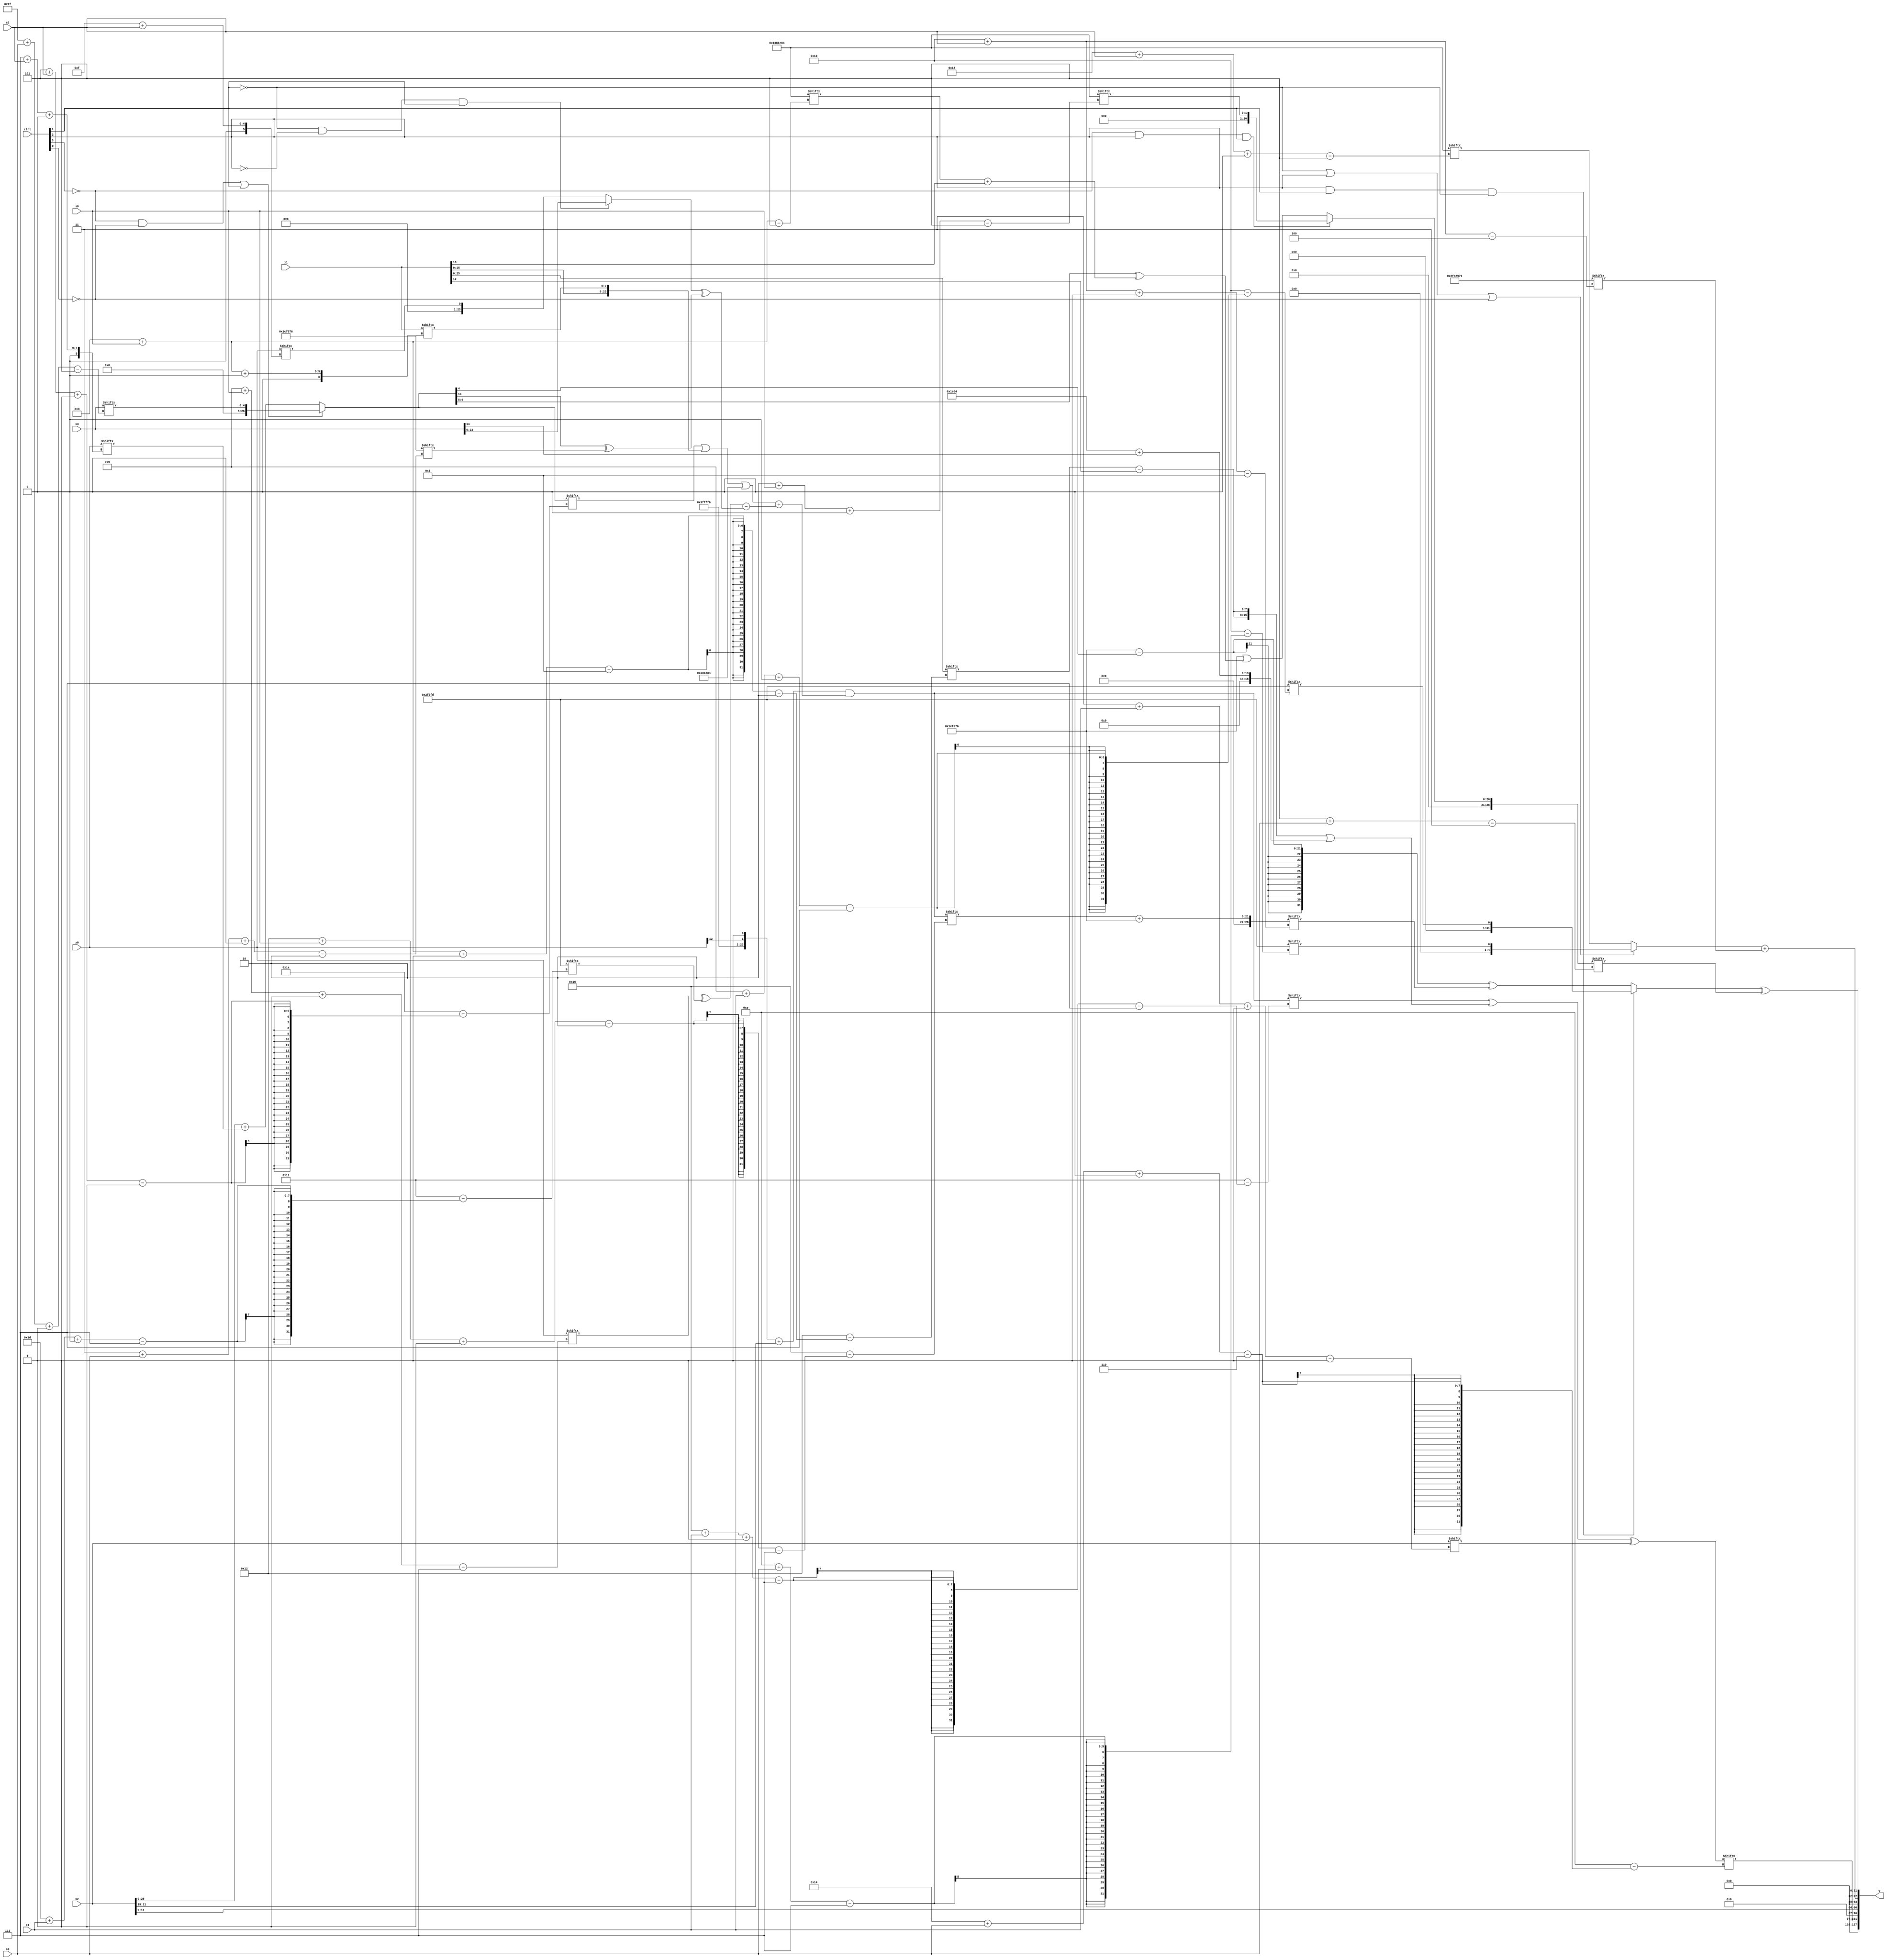
module partsel_00504(ctrl, s0, s1, s2, s3, x0, x1, x2, x3, y);
  input [3:0] ctrl;
  input [2:0] s0;
  input [2:0] s1;
  input [2:0] s2;
  input [2:0] s3;
  input signed [31:0] x0;
  input signed [31:0] x1;
  input [31:0] x2;
  input signed [31:0] x3;
  wire [0:26] x4;
  wire [4:28] x5;
  wire [2:27] x6;
  wire [7:30] x7;
  wire [2:30] x8;
  wire signed [28:6] x9;
  wire [24:3] x10;
  wire [29:3] x11;
  wire [5:27] x12;
  wire [28:0] x13;
  wire signed [6:24] x14;
  wire [27:0] x15;
  output [127:0] y;
  wire [31:0] y0;
  wire signed [31:0] y1;
  wire signed [31:0] y2;
  wire [31:0] y3;
  assign y = {y0,y1,y2,y3};
  localparam signed [7:26] p0 = 63109629;
  localparam signed [29:5] p1 = 523771524;
  localparam signed [24:2] p2 = 446492790;
  localparam signed [29:4] p3 = 721324401;
  assign x4 = (!ctrl[3] && !ctrl[0] || ctrl[1] ? x3[31 + s3 -: 5] : (x2 + x0[7 + s2 +: 8]));
  assign x5 = x2[21 -: 3];
  assign x6 = x1;
  assign x7 = ({{((((x0[11] + x1[6 + s1 +: 2]) & p2[18]) ^ p2[22]) | p2[21]), (p2[3 + s1 -: 8] | (p2[28 + s1 +: 4] | p3))}, ({{2{(p1 - (p1[11 +: 4] | p1))}}, {x0[12], p1[15 +: 1]}} + x5)} & (((x4[5 + s2 -: 1] | {x6, x1[13 + s0 +: 8]}) | {2{{(x0[9 +: 1] - (x2 & x1[12 + s2])), p1}}}) + ((x0[9 + s0 -: 7] ^ p0[29 + s1 +: 3]) - ((!ctrl[1] && !ctrl[2] && ctrl[1] ? x3 : x0[15 + s2]) ^ (x4[12] ^ p2[3 + s3 +: 8])))));
  assign x8 = x1[19 + s0];
  assign x9 = p0[17 + s0 +: 8];
  assign x10 = (p1[12] | x2);
  assign x11 = (!ctrl[3] && ctrl[2] && ctrl[1] ? p1[2 + s0 +: 2] : (p2 | (x4[21 -: 2] ^ (p1[13 + s0] + x6[9]))));
  assign x12 = x9[8];
  assign x13 = (x7[18 + s0 -: 2] + p2);
  assign x14 = ((x7[22 + s1 -: 7] ^ ({2{(x6[13 + s0 -: 8] - x6[15 +: 1])}} | (p1 + x3[14 +: 1]))) ^ x2[3 + s1 -: 1]);
  assign x15 = (p2[12 -: 4] + p2[1 + s3 +: 8]);
  assign y0 = {x14[20 + s3 +: 5], p3[17 -: 1]};
  assign y1 = x2[9 +: 3];
  assign y2 = ((!ctrl[1] || ctrl[2] || !ctrl[0] ? p0[14 + s3] : p1[24 + s2 +: 5]) + p3[19 + s2]);
  assign y3 = ((ctrl[2] && ctrl[1] && !ctrl[1] ? p0[9 + s1 +: 1] : (((p2[12 +: 2] | p2) - x4[22]) ^ x13[19 + s2 -: 8])) ^ x11[5 + s3]);
endmodule